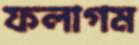
ফলাগম